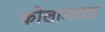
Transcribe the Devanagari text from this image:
कोलामच्या